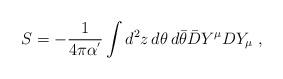
LaTeX: \begin{align*}S=-\frac{1}{4\pi\alpha^{'}}\int d^{2}z\,d\theta\,d\bar{\theta}\bar{D}Y^{\mu}DY_{\mu}\;,\end{align*}